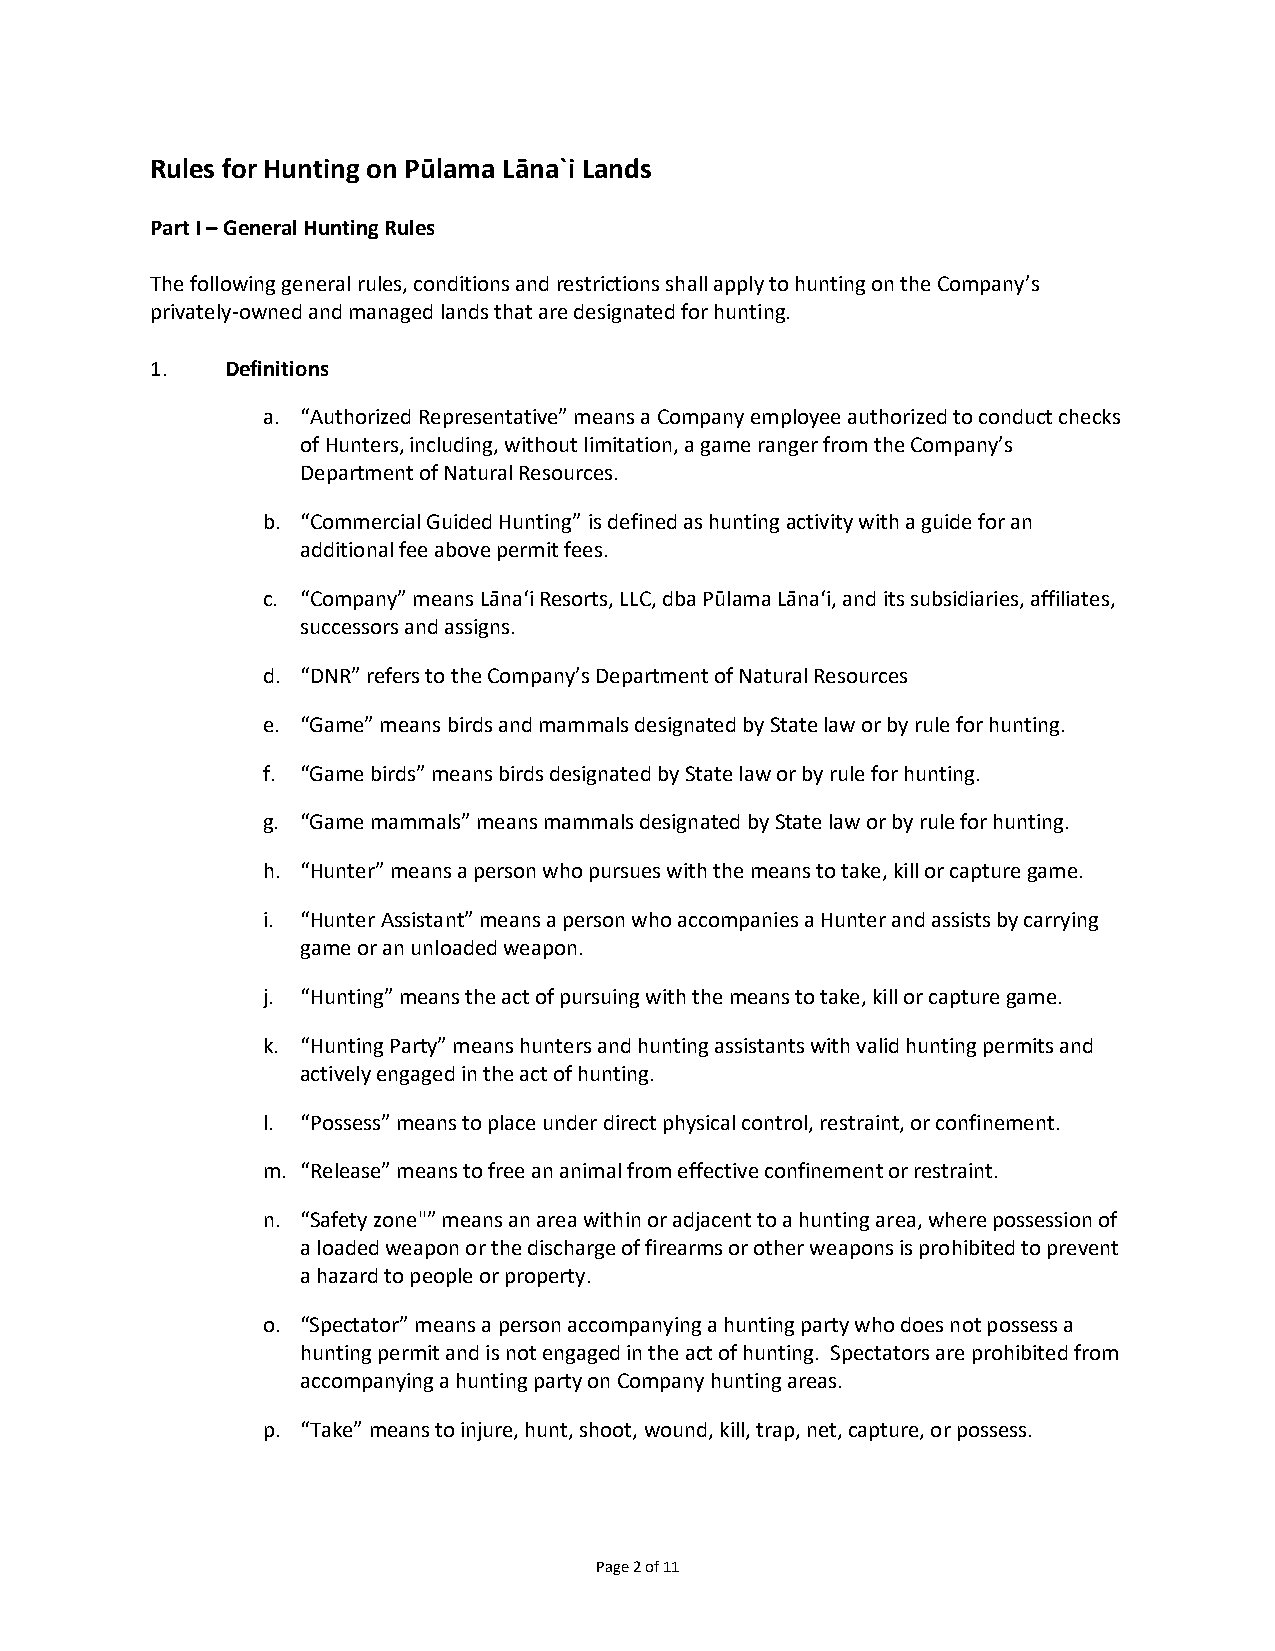
Rules for Hunting on Pūlama Lāna`i Lands
 Part I – General Hunting Rules
 The following general rules, conditions and restrictions shall apply to hunting on the Company’s
 privately-owned and managed lands that are designated for hunting.
 1.   Definitions
 a. “Authorized Representative” means a Company employee authorized to conduct checks
 of Hunters, including, without limitation, a game ranger from the Company’s
 Department of Natural Resources.
 b. “Commercial Guided Hunting” is defined as hunting activity with a guide for an
 additional fee above permit fees.
 c. “Company” means Lāna‘i Resorts, LLC, dba Pūlama Lāna‘i, and its subsidiaries, affiliates,
 successors and assigns.
 d. “DNR” refers to the Company’s Department of Natural Resources
 e. “Game” means birds and mammals designated by State law or by rule for hunting.
 f. “Game birds” means birds designated by State law or by rule for hunting.
 g. “Game mammals” means mammals designated by State law or by rule for hunting.
 h. “Hunter” means a person who pursues with the means to take, kill or capture game.
 i. “Hunter Assistant” means a person who accompanies a Hunter and assists by carrying
 game or an unloaded weapon.
 j. “Hunting” means the act of pursuing with the means to take, kill or capture game.
 k. “Hunting Party” means hunters and hunting assistants with valid hunting permits and
 actively engaged in the act of hunting.
 l. “Possess” means to place under direct physical control, restraint, or confinement.
 m. “Release” means to free an animal from effective confinement or restraint.
 n. “Safety zone"” means an area within or adjacent to a hunting area, where possession of
 a loaded weapon or the discharge of firearms or other weapons is prohibited to prevent
 a hazard to people or property.
 o. “Spectator” means a person accompanying a hunting party who does not possess a
 hunting permit and is not engaged in the act of hunting. Spectators are prohibited from
 accompanying a hunting party on Company hunting areas.
 p. “Take” means to injure, hunt, shoot, wound, kill, trap, net, capture, or possess.
 Page 2 of 11